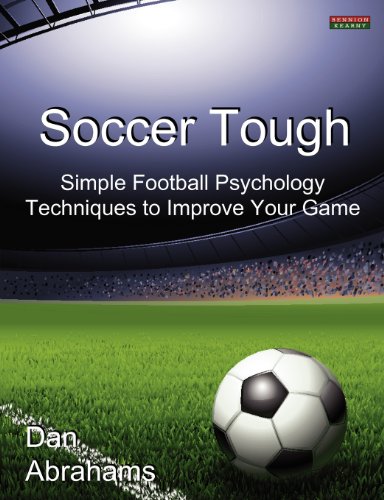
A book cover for Soccer Tough: Simple Football Psychology Techniques to Improve Your Game; Dan Abrahams; Sports & Outdoors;